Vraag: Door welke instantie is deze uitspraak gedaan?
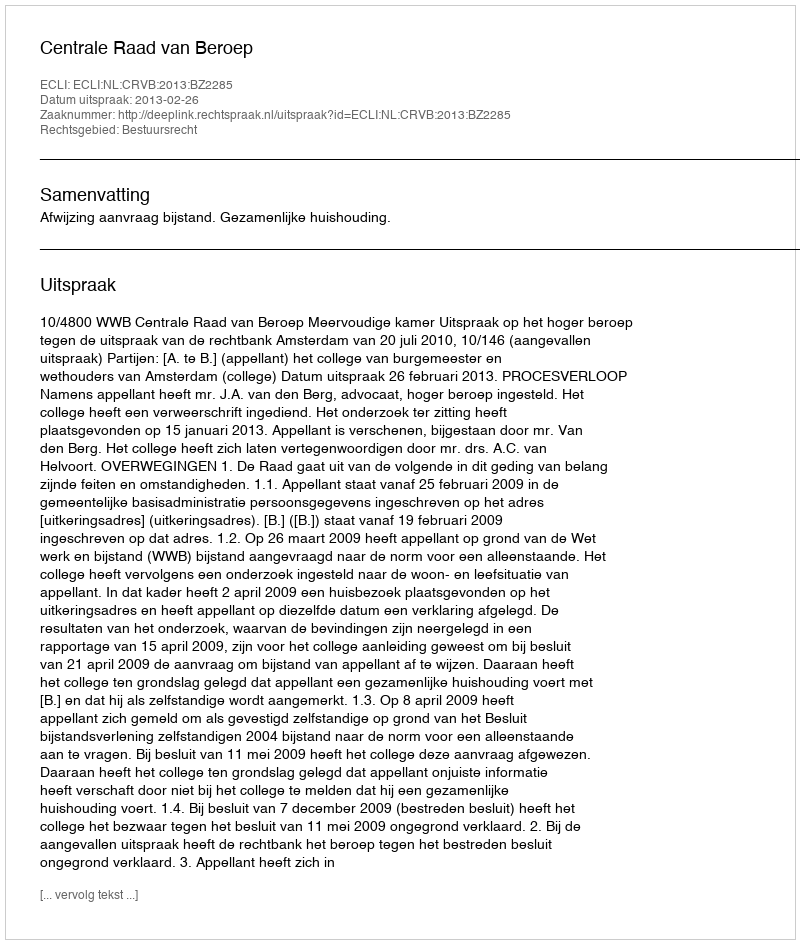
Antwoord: Centrale Raad van Beroep